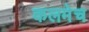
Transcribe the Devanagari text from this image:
कलमेच